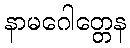
နာမဂေါတ္တေန